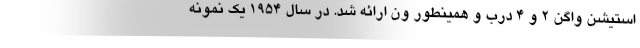
استیشن واگن 2 و 4 درب و همینطور ون ارائه شد. در سال 1954 یک نمونه